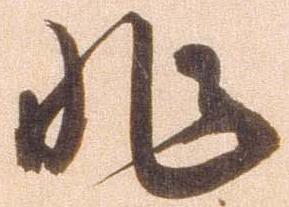
非